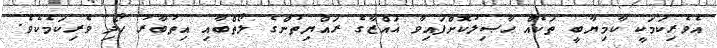
އެވެރިކަމަކީ ކާމިޔާބީ ތަކެއް ޙާޞިލުކޮށްފައިވާ ޣައްޒާގެ ރައްޔިތުންގެ ލޯތްބާއި އިތުބާރު ހޯދި ވެރިކަމެކެވެ.